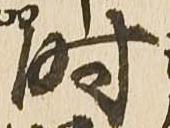
時